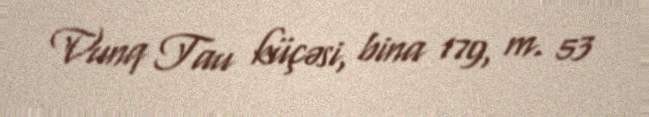
Vunq Tau küçəsi, bina 179, m. 53